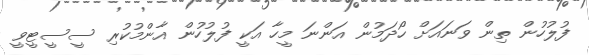
ފުލުހުން ތިން ވަނައަށް ހޯދަމުން އަންނަ މީހާ އަކީ ފުލުހުން އާންމުކުރި ސީސީޓީވީ